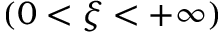
( 0 < \xi < + \infty )